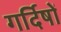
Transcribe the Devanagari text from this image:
गर्दिषों